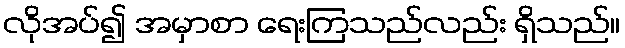
လိုအပ်၍ အမှာစာ ရေးကြသည်လည်း ရှိသည်။